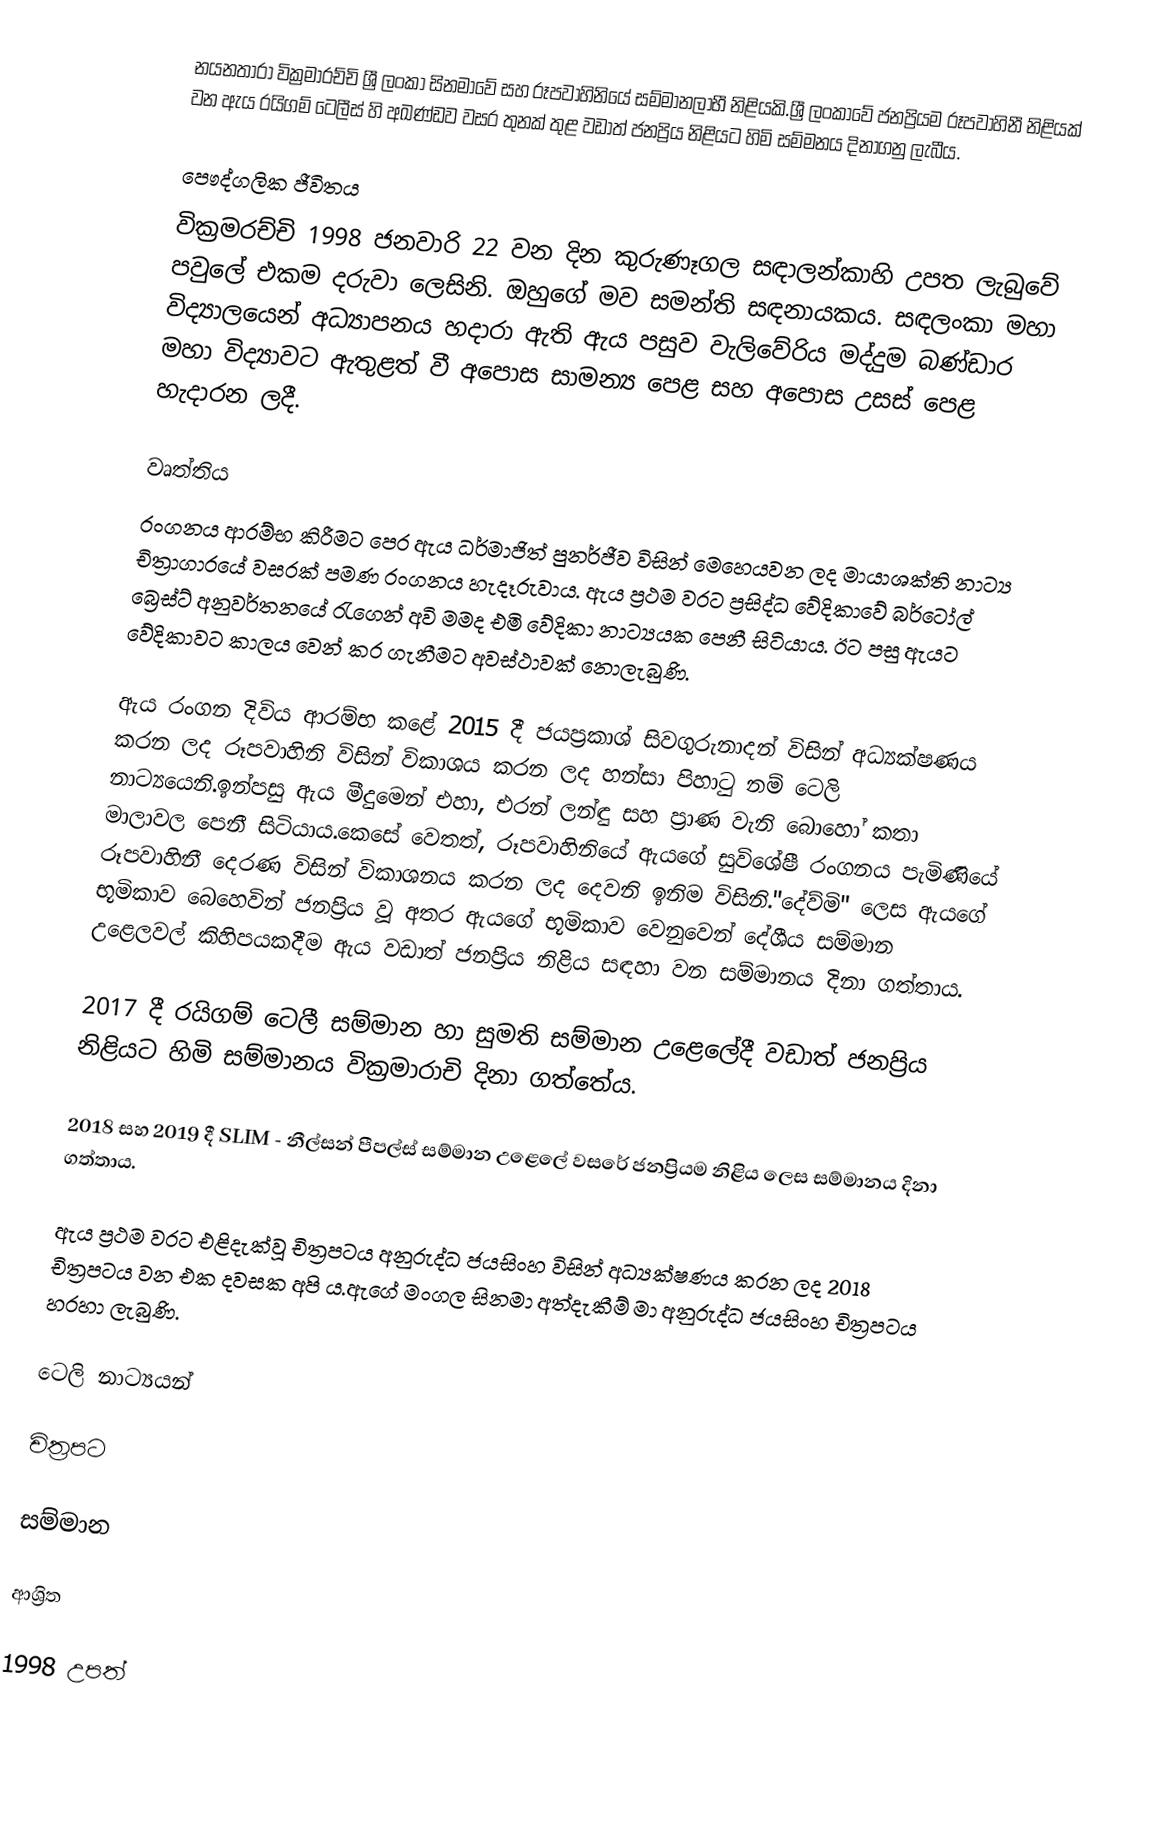
නයනතාරා වික්‍රමාරච්චි ශ්‍රී ලංකා සිනමාවේ සහ රූපවාහිනියේ සම්මානලාභී නිළියකි.ශ්‍රී ලංකාවේ ජනප්‍රියම රූපවාහිනී නිළියක් වන ඇය රයිගම් ටෙලීස් හි අඛණ්ඩව වසර තුනක් තුළ වඩාත් ජනප්‍රිය නිළියට හිමි සම්මනය දිනාගනු ලැබීය.

පෞද්ගලික ජීවිතය
වික්‍රමරච්චි 1998 ජනවාරි 22 වන දින කුරුණෑගල සඳාලන්කාහි උපත ලැබුවේ පවුලේ එකම දරුවා ලෙසිනි. ඔහුගේ මව සමන්ති සඳනායකය. සඳලංකා මහා විද්‍යාලයෙන් අධ්‍යාපනය හදාරා ඇති ඇය පසුව වැලිවේරිය මද්දුම බණ්ඩාර මහා විද්‍යාවට ඇතුළත් වී අපොස සාමන්‍ය පෙළ සහ අපොස උසස් පෙළ හැදාරන ලදී.

වෘත්තිය
රංගනය ආරම්භ කිරීමට පෙර ඇය ධර්මාජිත් පුනර්ජීව විසින් මෙහෙයවන ලද මායාශක්ති නාට්‍ය චිත්‍රාගාරයේ වසරක් පමණ රංගනය හැදෑරුවාය. ඇය ප්‍රථම වරට ප්‍රසිද්ධ වේදිකාවේ බර්ටෝල් බ්‍රෙස්ට් අනුවර්තනයේ රැගෙන් අවි මමද එමි වේදිකා නාට්‍යයක පෙනී සිටියාය. ඊට පසු ඇයට වේදිකාවට කාලය වෙන් කර ගැනීමට අවස්ථාවක් නොලැබුණි.

ඇය රංගන දිවිය ආරම්භ කළේ 2015 දී ජයප්‍රකාශ් සිවගුරුනාදන් විසින් අධ්‍යක්ෂණය කරන ලද රූපවාහිනි විසින් විකාශය කරන ලද හන්සා පිහාටු නම් ටෙලි නාට්‍යයෙනි.ඉන්පසු ඇය මීදුමෙන් එහා, එරන් ලන්ඳු සහ ප්‍රාණ වැනි බොහෝ කතා මාලාවල පෙනී සිටියාය.කෙසේ වෙතත්, රූපවාහිනියේ ඇයගේ සුවිශේෂී රංගනය පැමිණියේ රූපවාහිනී දෙරණ විසින් විකාශනය කරන ලද දෙවනි ඉනිම විසිනි."දේව්මි" ලෙස ඇයගේ භූමිකාව බෙහෙවින් ජනප්‍රිය වූ අතර ඇයගේ භූමිකාව වෙනුවෙන් දේශීය සම්මාන උළෙලවල් කිහිපයකදීම ඇය වඩාත් ජනප්‍රිය නිළිය සඳහා වන සම්මානය දිනා ගත්තාය.

2017 දී රයිගම් ටෙලී සම්මාන හා සුමති සම්මාන උළෙලේදී වඩාත් ජනප්‍රිය නිළියට හිමි සම්මානය වික්‍රමාරාචි දිනා ගත්තේය.

2018 සහ 2019 දී SLIM - නීල්සන් පීපල්ස් සම්මාන උළෙලේ වසරේ ජනප්‍රියම නිළිය ලෙස සම්මානය දිනා ගත්තාය.

ඇය ප්‍රථම වරට එළිදැක්වූ චිත්‍රපටය අනුරුද්ධ ජයසිංහ විසින් අධ්‍යක්ෂණය කරන ලද 2018 චිත්‍රපටය වන එක දවසක අපි ය.ඇගේ මංගල සිනමා අත්දැකීම් මා අනුරුද්ධ ජයසිංහ චිත්‍රපටය හරහා ලැබුණි.

ටෙලි නාට්‍යයන්

චිත්‍රපට

සම්මාන

ආශ්‍රිත

1998 උපත්